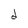
Character: d